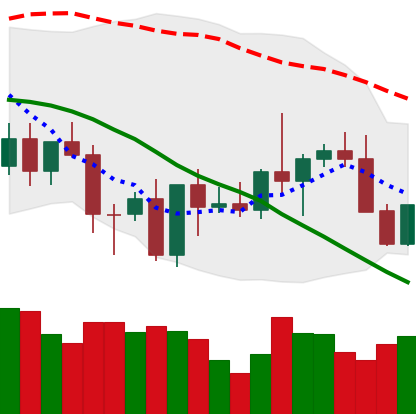
Ticker: XMR-USD
Chart end date: 2022-10-03
Forward return: 3.946%
Label: up_3_5